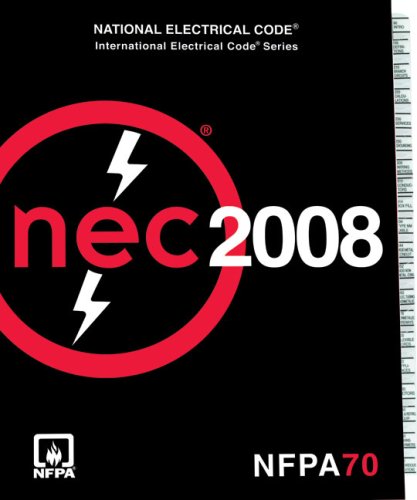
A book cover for National Electrical Code 2008 Index Tabs; (NFPA) National Fire Protection Association; Law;